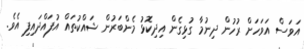
އަވަސް އަވަހަށް ރުހުން ދިނުމާ ގުޅިގެން އިދިކޮޅު މެންބަރުން ޝައްކުތައް އުފައްދައިފި އެވެ.